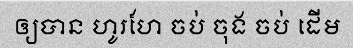
ឲ្យបាន ហូរហែ ចប់ ចុង ចប់ ដើម